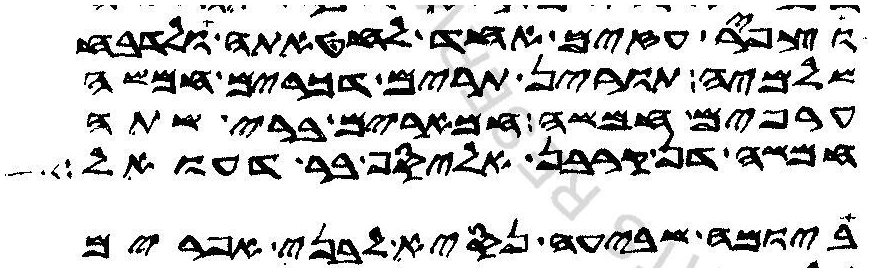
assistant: וצפיר עזים אחד לחטאתה ולדבח
שלמיה תורין תרים דכרים חמשה
ערפים חמשה חמארים ברי שתה
חמשה דן קרבן אליסף בר דעואל
ביומה שביעה נסיא לבני אפרים